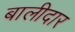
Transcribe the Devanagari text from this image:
बालीदार